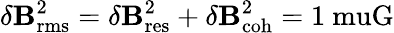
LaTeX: \delta\mathbf{B}_{\mathrm{{rms}}}^{2}=\delta\mathbf{B}_{\mathrm{{res}}}^{2}+\delta\mathbf{B}_{\mathrm{{coh}}}^{2}=1\mathrm{{\ muG}}